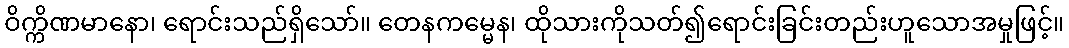
ဝိက္ကိဏမာနော၊ ရောင်းသည်ရှိသော်။ တေနကမ္မေန၊ ထိုသားကိုသတ်၍ရောင်းခြင်းတည်းဟူသောအမှုဖြင့်။